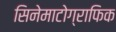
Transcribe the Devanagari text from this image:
सिनेमाटोग्राफिक